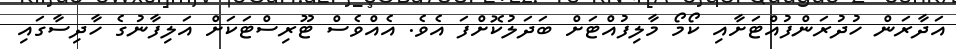
އަދާރަން ހުދުރަންފުއްޓަށާއި ކޯމޯ މާލިފުއްޓަށް ބަދަލުކޮށްފަ އެވެ. އެއްވެސް ޓޫރިސްޓަކަށް އަލިފާނުގެ ހާދިސާގައި